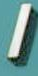
/